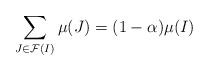
LaTeX: \begin{align*}\sum_{J\in\mathcal{F}(I)}\mu(J)=(1-\alpha)\mu(I)\end{align*}